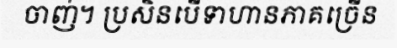
ចាញ់។ ប្រសិនបើទាហានភាគច្រើន